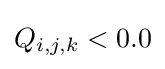
Q_{i,j,k}<0.0